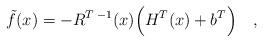
LaTeX: \begin{align*}\tilde f(x) = -R^{T\;-1}(x)\Bigl(H^T(x) + b^T\Bigr)\quad,\end{align*}